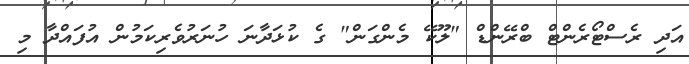
އަދި ރެސްޓޯރެންޓް ބްރޭންޑް "ލޫކޭ މެންގަން" ގެ ކުޅަދާނަ ހުނަރުވެރިކަމުން އުފައްދާ މި